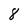
Character: 8